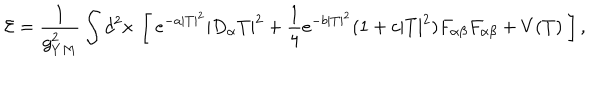
LaTeX: { \cal E } = \frac 1 { g _ { Y M } ^ { 2 } } \int d ^ { 2 } x \ \left[ \ e ^ { - a | T | ^ { 2 } } | D _ { \alpha } T | ^ { 2 } + \frac 1 4 e ^ { - b | T | ^ { 2 } } ( 1 + c | T | ^ { 2 } ) F _ { \alpha \beta } F _ { \alpha \beta } + V ( T ) \ \right] ,